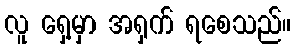
လူ ရှေ့မှာ အရှက် ရစေသည်။